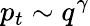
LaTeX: p_{t}\sim q^{\gamma}